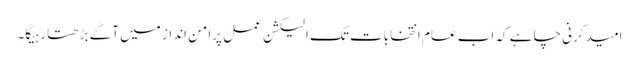
امید کرنی چاہے کہ اب عام انتخابات تک الیکشن عمل پرامن انداز میں آگے بڑھتا رہیگا۔